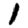
Digit: 1